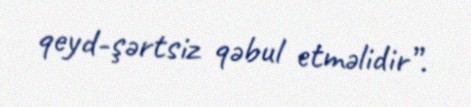
qeyd-şərtsiz qəbul etməlidir”.